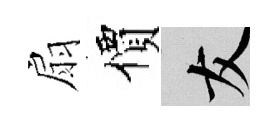
扇價友